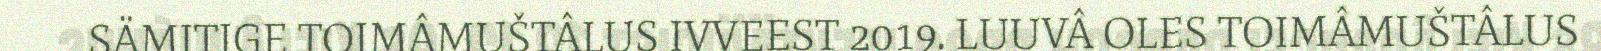
SÄMITIGE TOIMÂMUŠTÂLUS IVVEEST 2019. LUUVÂ OLES TOIMÂMUŠTÂLUS